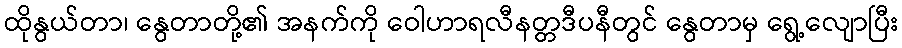
ထိုနွယ်တာ၊ နွေတာတို့၏ အနက်ကို ဝေါဟာရလီနတ္တဒီပနီတွင် နွေတာမှ ရွေ့လျောပြီး